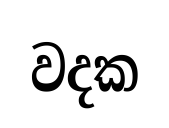
වදක